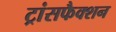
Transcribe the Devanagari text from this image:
ट्रांसफैक्शन